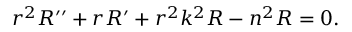
r ^ { 2 } R ^ { \prime \prime } + r R ^ { \prime } + r ^ { 2 } k ^ { 2 } R - n ^ { 2 } R = 0 .